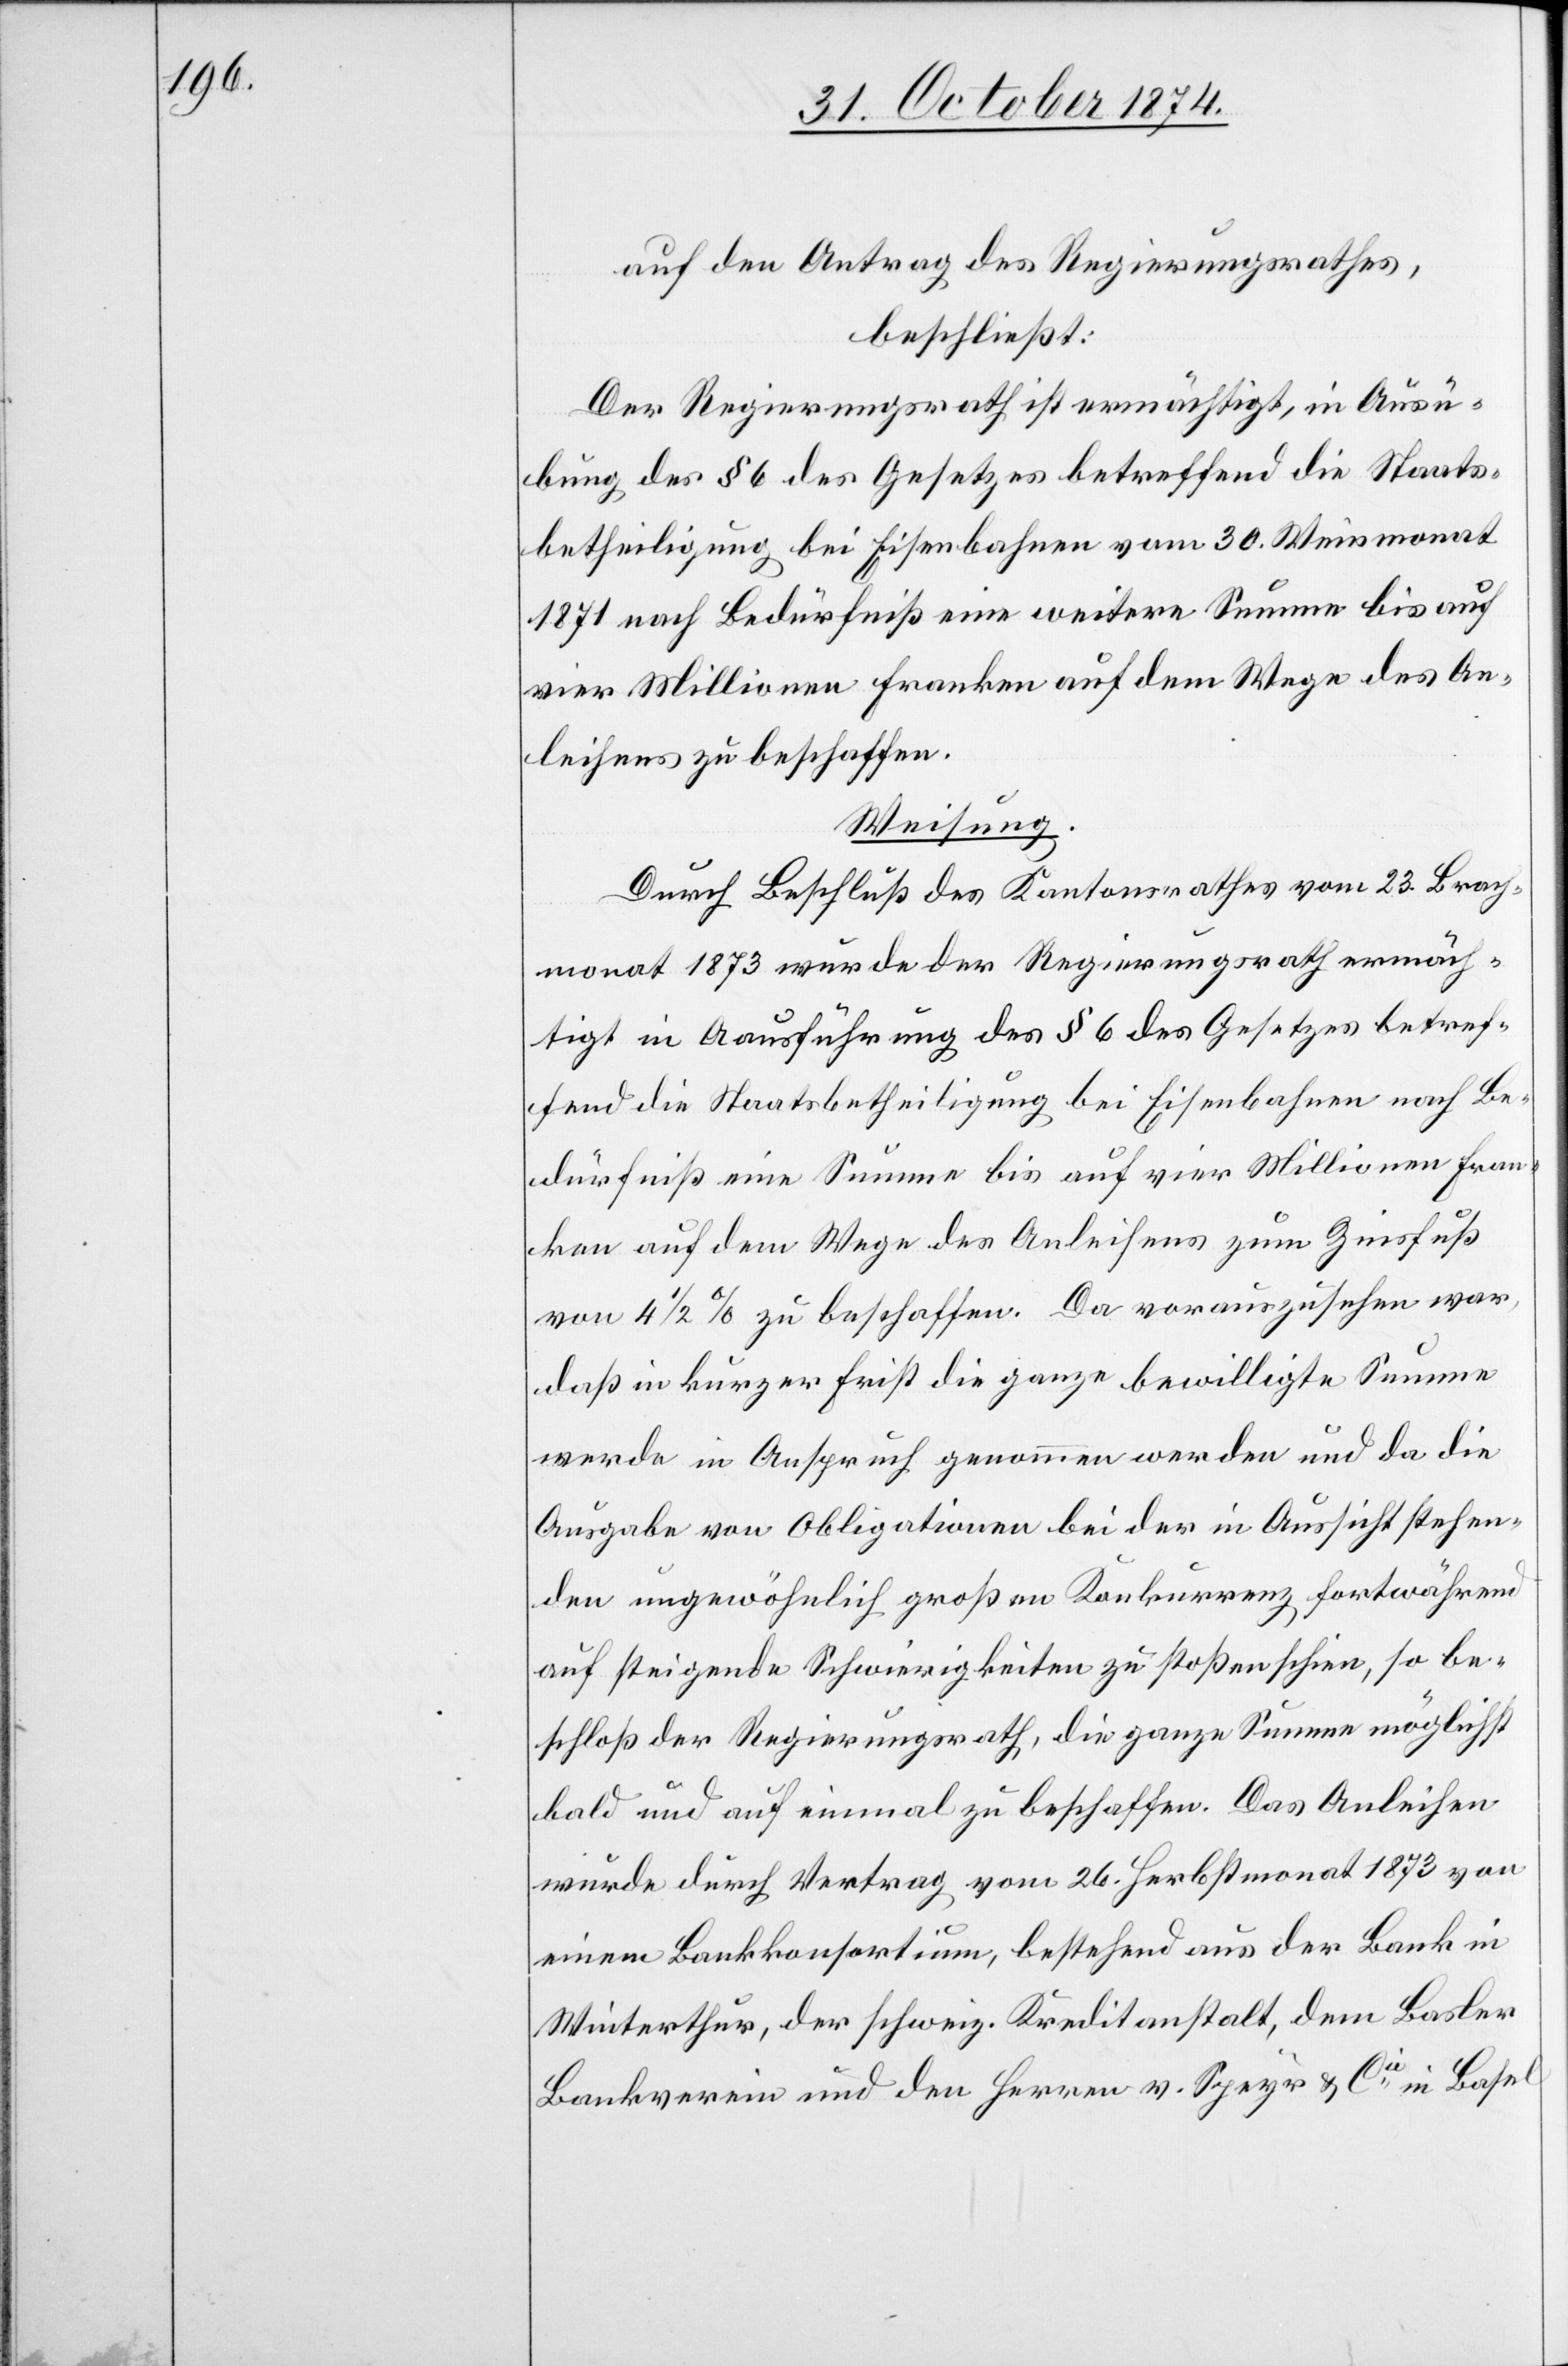
auf den Antrag des Regierungsrathes,
beschließt:
Der Regierungsrath ist ermächtigt, in Ausü¬
bung des § 6 des Gesetzes betreffend die Staats¬
betheiligung bei Eisenbahnen vom 30. Weinmonat
1871 nach Bedürfniß eine weitere Summe bis auf
vier Millionen Franken auf dem Wege des An¬
leihens zu beschaffen.
Weisung.
Durch Beschluß des Kantonsrathes vom 23. Brach¬
monat 1873 wurde der Regierungsrath ermäch¬
tigt in Aausführung [sic!] des § 6 des Gesetzes betref¬
fend die Staatsbetheiligung bei Eisenbahnen nach Be¬
dürfniß eine Summe bis auf vier Millionen Fran¬
ken auf dem Wege des Anleihens zum Zinsfuß
von 4 1/2 zu beschaffen. Da vorauszusehen war,
daß in kurzer Frist die ganze bewilligte Summe
werde in Anspruch genommen werden und da die
Ausgabe von Obligationen bei der in Aussicht stehen¬
den ungewöhnlich groß an Konkurrenz fortwährend
auf steigende Schwierigkeiten zu stoßen schien [sic!], so be¬
schloß der Regierungsrath, die ganze Summe möglichst
bald und auf einmal zu beschaffen. Das Anleihen
wurde durch Vertrag vom 26. Herbstmonat 1873 von
einem Bankkonsortium, bestehend aus der Bank in
Winterthur, der schweiz. Kreditanstalt, dem Basler
Bankverein und den Herren v. Speyr & Cie in Basel